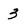
Character: 3